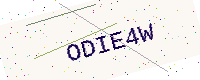
Text: ODIE4W